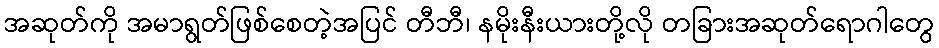
အဆုတ်ကို အမာရွတ်ဖြစ်စေတဲ့အပြင် တီဘီ၊ နမိုးနီးယားတို့လို တခြားအဆုတ်ရောဂါတွေ